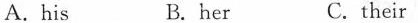
A.his B.her C.their